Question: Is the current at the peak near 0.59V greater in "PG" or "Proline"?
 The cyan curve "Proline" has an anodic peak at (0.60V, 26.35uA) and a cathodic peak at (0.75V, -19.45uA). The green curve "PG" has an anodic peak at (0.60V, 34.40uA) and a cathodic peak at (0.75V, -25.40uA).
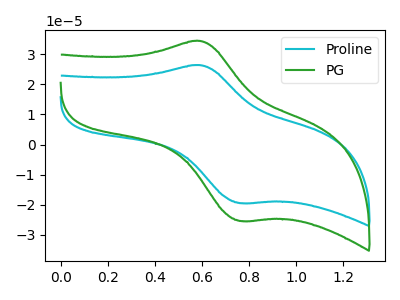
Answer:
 <answer>The peak at 0.59V is higher in "PG" than in "Proline".</answer>
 <eval>higher</eval>